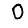
Digit: 0